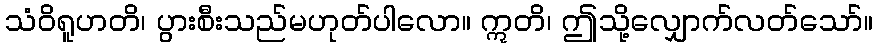
သံဝိရူဟတိ၊ ပွားစီးသည်မဟုတ်ပါလော။ ဣတိ၊ ဤသို့လျှောက်လတ်သော်။